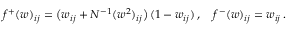
f ^ { + } ( w ) _ { i j } = \big ( w _ { i j } + N ^ { - 1 } ( w ^ { 2 } ) _ { i j } \big ) \, ( 1 - w _ { i j } ) \, , \quad f ^ { - } ( w ) _ { i j } = w _ { i j } \, .